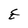
Character: E